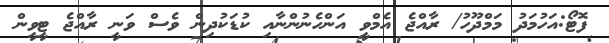
ފޮޓޯ:އަހުމަދު މަމްދޫހު/ ރާއްޖެ އެމްވީ އަންހެނުންނާއި ކުޑަކުދިން ވެސް ވަނީ ރާއްޖެ ޓީވީން